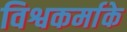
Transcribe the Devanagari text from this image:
विश्वकर्माके